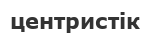
центристік